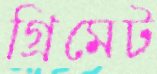
গ্রিমেট